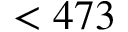
< 4 7 3